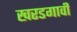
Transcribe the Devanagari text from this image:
खरडगावी